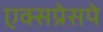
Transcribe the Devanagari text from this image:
एक्सप्रेसपे